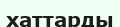
хаттарды